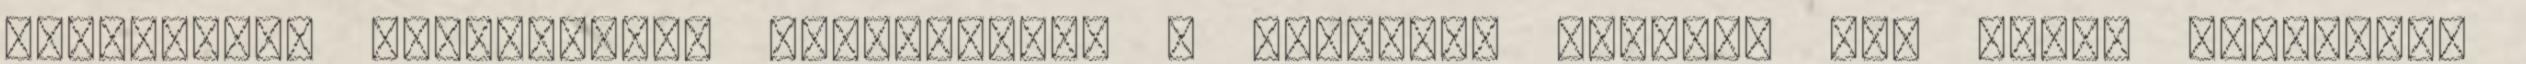
lámpabúrák fényesítése Karcolástól a komplett autóig. Jég károk javítása.